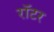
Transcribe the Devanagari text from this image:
रॉटर